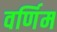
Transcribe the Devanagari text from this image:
वर्णिम